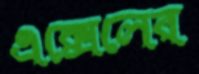
এক্সেলের